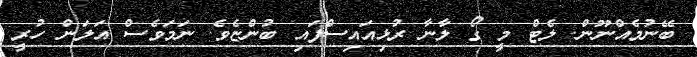
ބޭނުމެއްނޫން. ލެޓް މީ ގޯ ލާނާ ރުޅިއައިސްފައި ބުންޏެވެ. ނަމަވެސް އަލަން ހުރީ